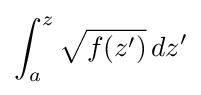
\int _{a}^{z}{\sqrt {f(z')}}\,dz'